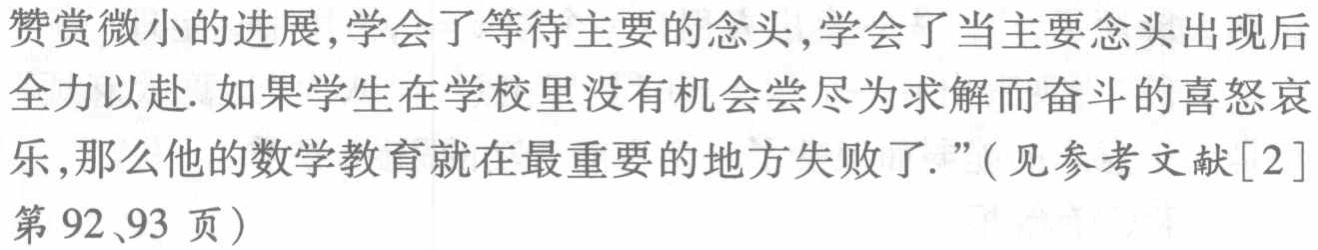
赞赏微小的进展,学会了等待主要的念头,学会了当主要念头出现后全力以赴. 如果学生在学校里没有机会尝尽为求解而奋斗的喜怒哀乐,那么他的数学教育就在最重要的地方失败了.”(见参考文献[2]第92、93页)